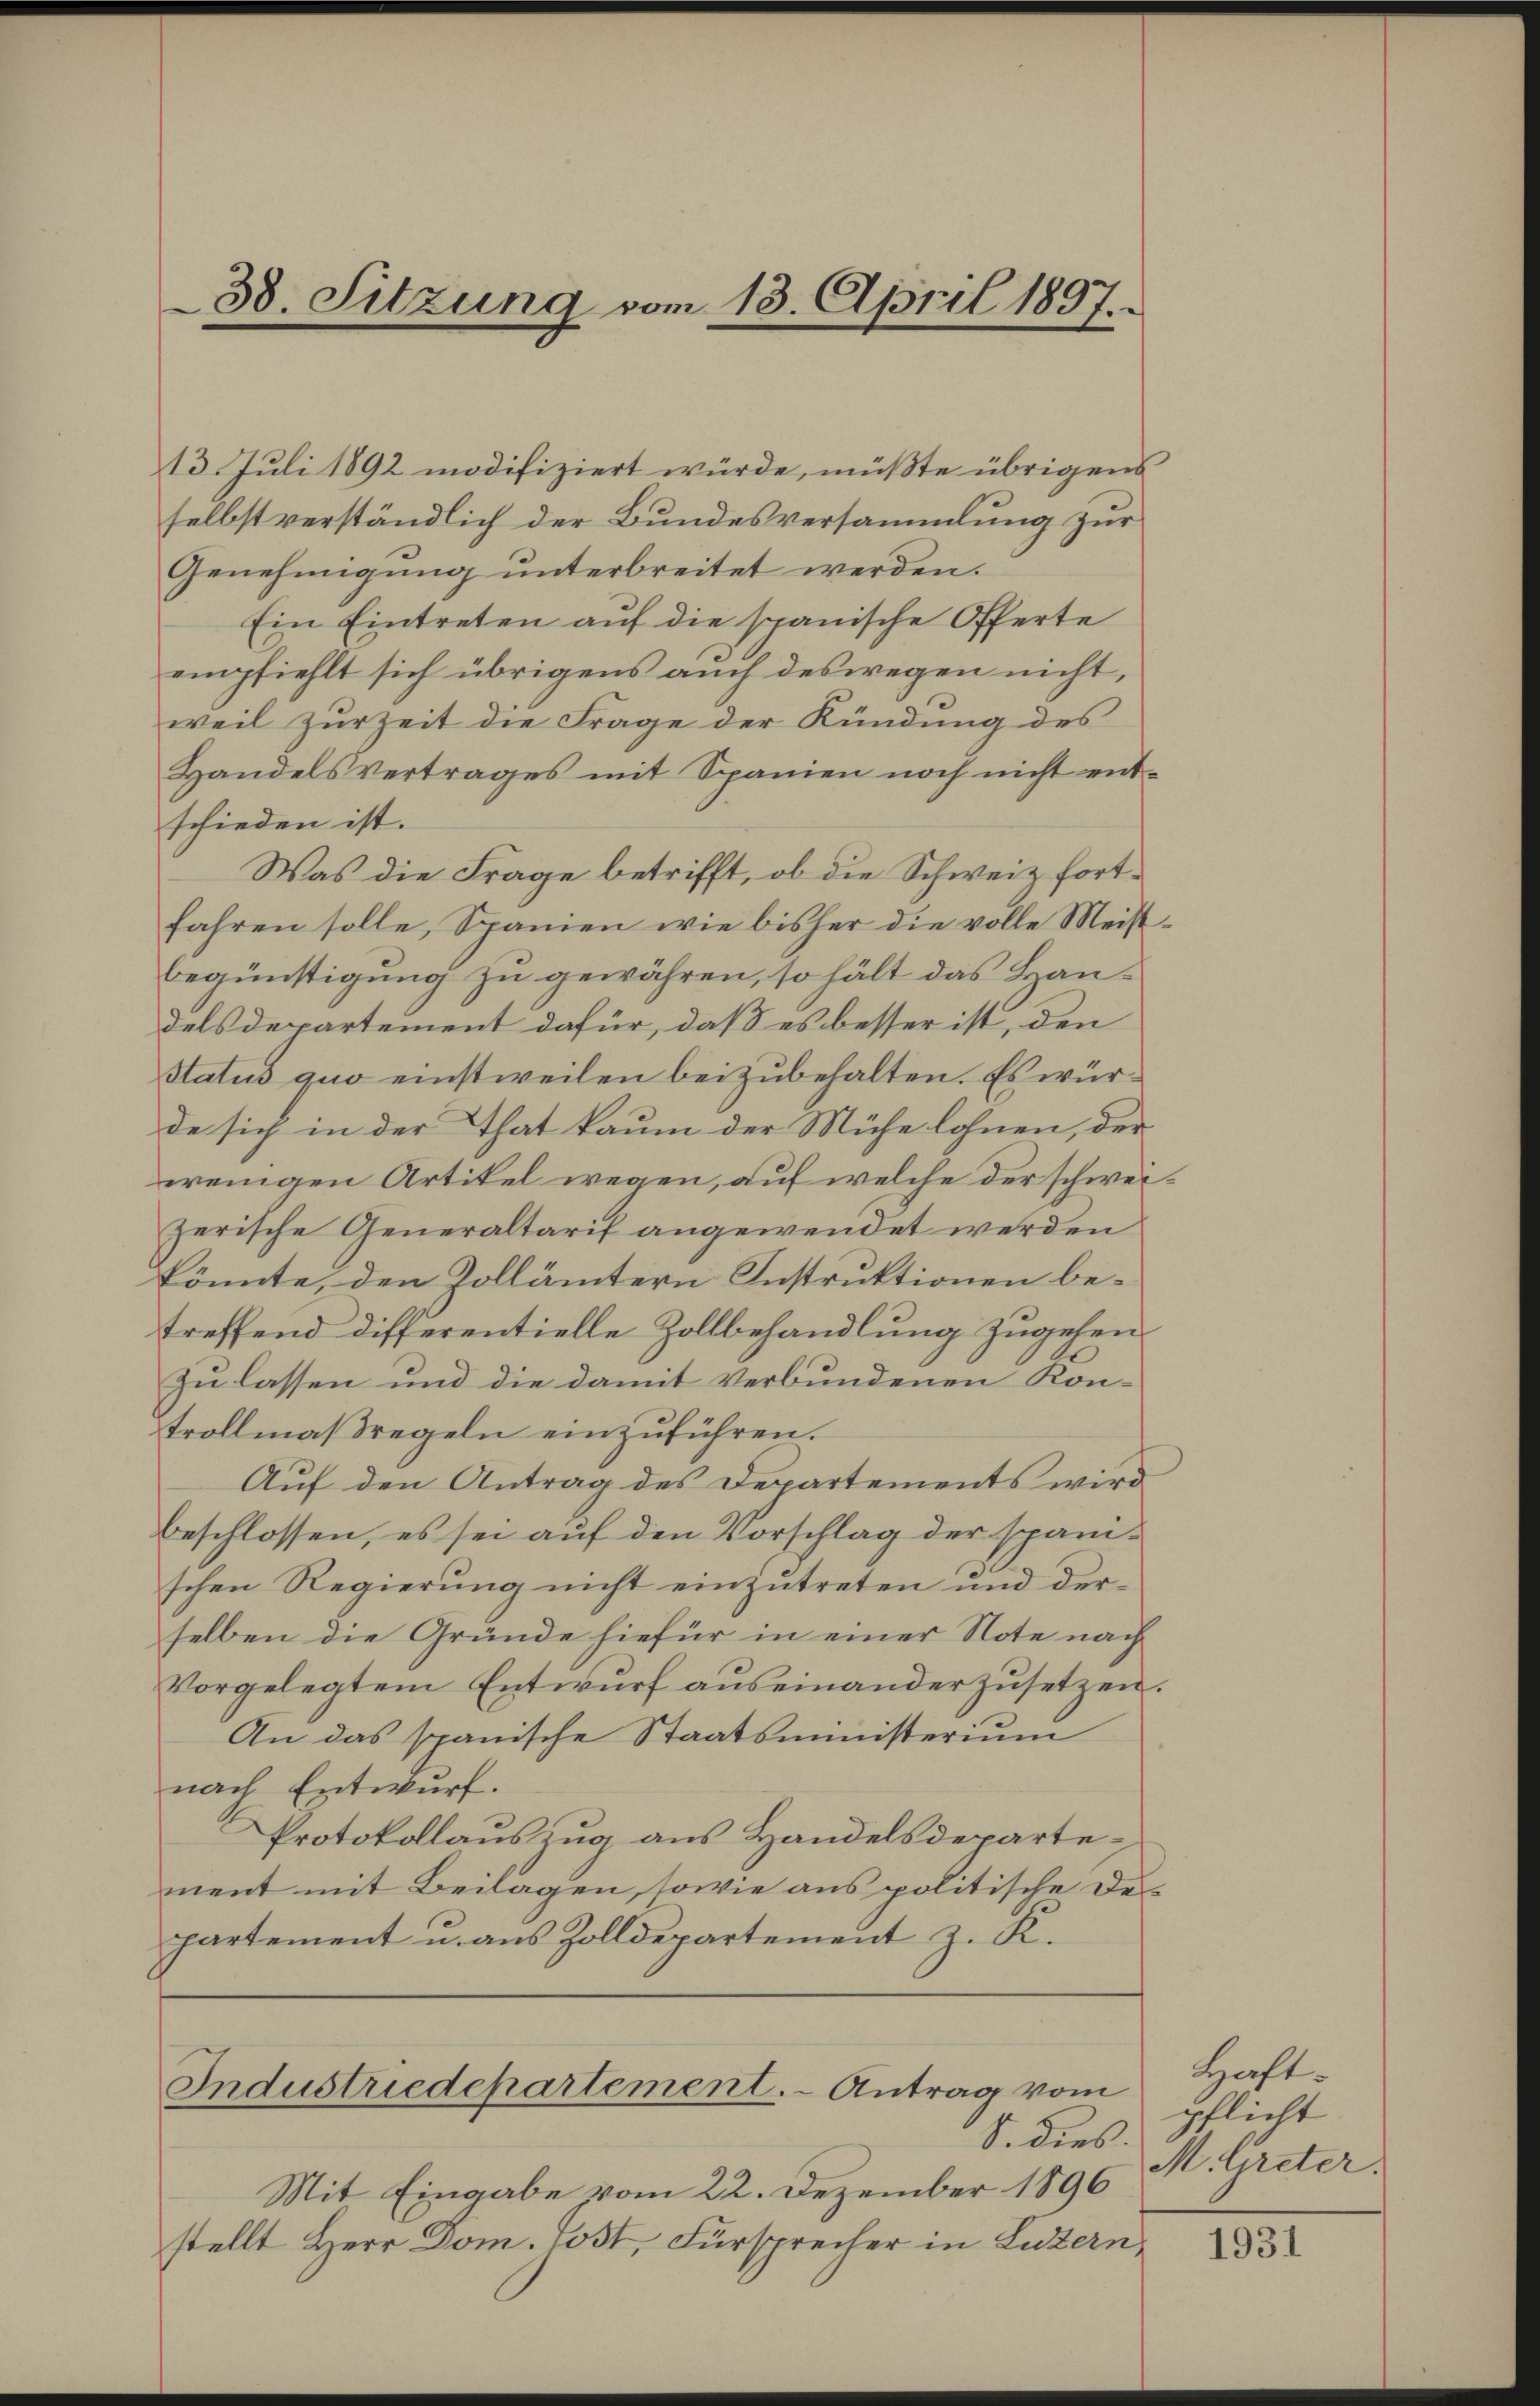
38. Sitzung vom 13. April 1897.

13. Juli 1892 modifiziert würde, müßte übrigens
selbst verständlich der Bundesversammlung zur
Genehmigung unterbreitet werden.
Ein Eintreten auf die spanische Offerte
empfiehlt sich übrigens auch deswegen nicht,
weil zur Zeit die Frage der Kündung des
Handelsvertrages mit Spanien noch nicht entschieden ist.
Was die Frage betrifft, ob die Schweiz fortfahren solle, Spanien wie bisher die volle Meistbegünstigung zu gewähren, so hält das Baudels departement dafür, daß es besser ist, den
Status quo einstweilen beizubehalten. Es würde sich in der That kaum der Mühe lohnen, der
ereinigen Artikel wegen, auf welche der schweizerische Generaltarif angewendet werden
könnte, den Zollämtern Instruktionen betreffend differentielle Zollbehandlung zugehen
zu lassen und die damit verbundenen Kontrollmaßregeln einzuführen.
Auf den Antrag des Departements wird
beschlossen, es sei auf den Vorschlag der spanischen Regierung nicht einzutreten und derselben die Gründe hiefür in einer Note nach
Vorgelegtem Entwurf auseinanderzusetzen.
An das spanische Staatsministerium
nach Entwurf.
Protokollauszug aus Handelsdeparternent mit Beilagen, sowie aus politische De
partement u. aus Zolldepartement z. K.

Industriedepartement. - Antrag vom
S. dies

Mit Eingabe vom 22. Dezember 1896
stellt Herr Dom. Post, Fürsprecher in Luzern,

Haft
pflicht
M. Greter:

1931